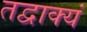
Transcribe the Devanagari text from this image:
तद्वाक्यं